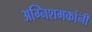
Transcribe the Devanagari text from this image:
अग्निशमकांनी